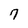
Character: 7